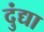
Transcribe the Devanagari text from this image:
दुंद्या